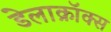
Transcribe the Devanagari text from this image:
डेलाक्रॉक्स